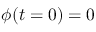
\phi ( t = 0 ) = 0